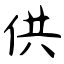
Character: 供